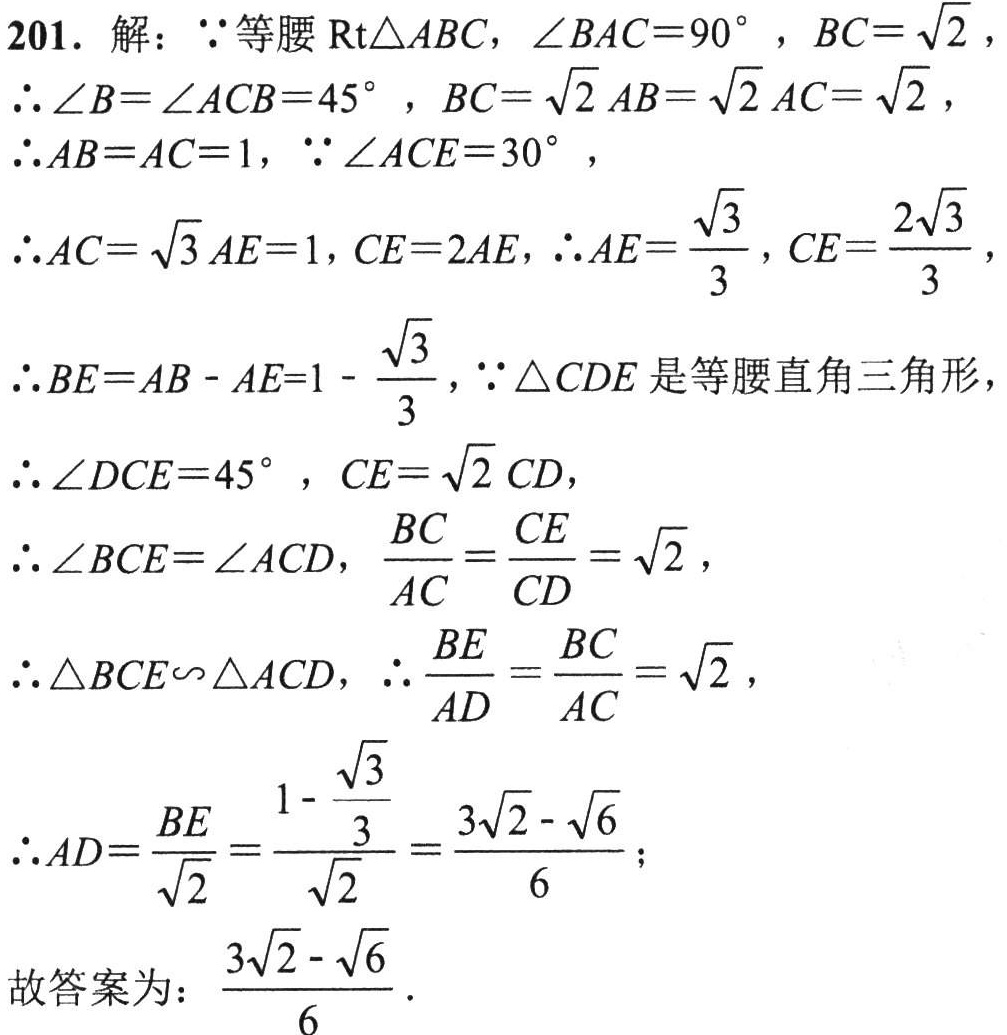
201. 解：\(\because\)等腰\(\text{Rt}\triangle ABC\)，\(\angle BAC = 90^{\circ}\)，\(BC=\sqrt{2}\)，
\(\therefore\angle B=\angle ACB = 45^{\circ}\)，\(BC=\sqrt{2}AB=\sqrt{2}AC=\sqrt{2}\)，
\(\therefore AB = AC = 1\)，\(\because\angle ACE = 30^{\circ}\)，
\(\therefore AC=\sqrt{3}AE = 1\)，\(CE = 2AE\)，\(\therefore AE=\frac{\sqrt{3}}{3}\)，\(CE=\frac{2\sqrt{3}}{3}\)，
\(\therefore BE=AB - AE = 1-\frac{\sqrt{3}}{3}\)，\(\because\triangle CDE\)是等腰直角三角形，
\(\therefore\angle DCE = 45^{\circ}\)，\(CE=\sqrt{2}CD\)，
\(\therefore\angle BCE=\angle ACD\)，\(\frac{BC}{AC}=\frac{CE}{CD}=\sqrt{2}\)，
\(\therefore\triangle BCE\backsim\triangle ACD\)，\(\therefore\frac{BE}{AD}=\frac{BC}{AC}=\sqrt{2}\)，
\(\therefore AD=\frac{BE}{\sqrt{2}}=\frac{1 - \frac{\sqrt{3}}{3}}{\sqrt{2}}=\frac{3\sqrt{2}-\sqrt{6}}{6}\)；
故答案为：\(\frac{3\sqrt{2}-\sqrt{6}}{6}\)．